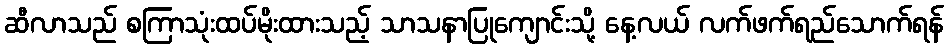
ဆီလာသည် စကြာသုံးထပ်မိုးထားသည့် သာသနာပြုကျောင်းသို့ နေ့လယ် လက်ဖက်ရည်သောက်ရန်